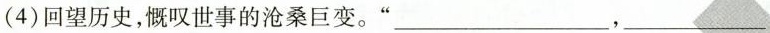
(4)回望历史，慨叹世事的沧桑巨变。“___，___”